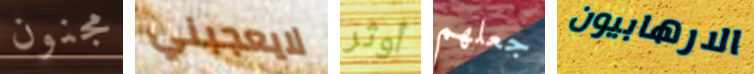
مجنون لايعجبني أوثر جعلهم الارهابيون